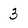
Character: 3